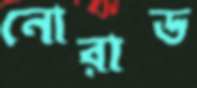
নোরাড